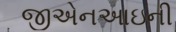
જીએનઆઇની